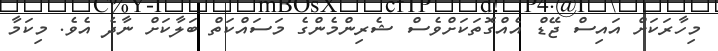
މިހާރަކަށް އައިސް ޖޭޑް އެއްގޮތަކަށްވެސް ޝެރިންމެންގެ މަސައްކަތް ބަލާކަށް ނާދެ އެވެ. މިކަމާ